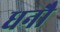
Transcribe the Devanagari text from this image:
धनौ